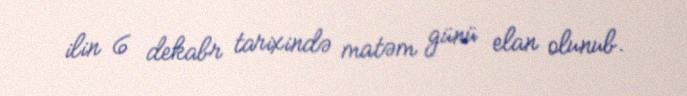
ilin 6 dekabr tarixində matəm günü elan olunub.